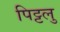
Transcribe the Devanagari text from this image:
पिट्टलु